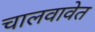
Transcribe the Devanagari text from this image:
चालवावेत